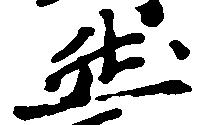
然